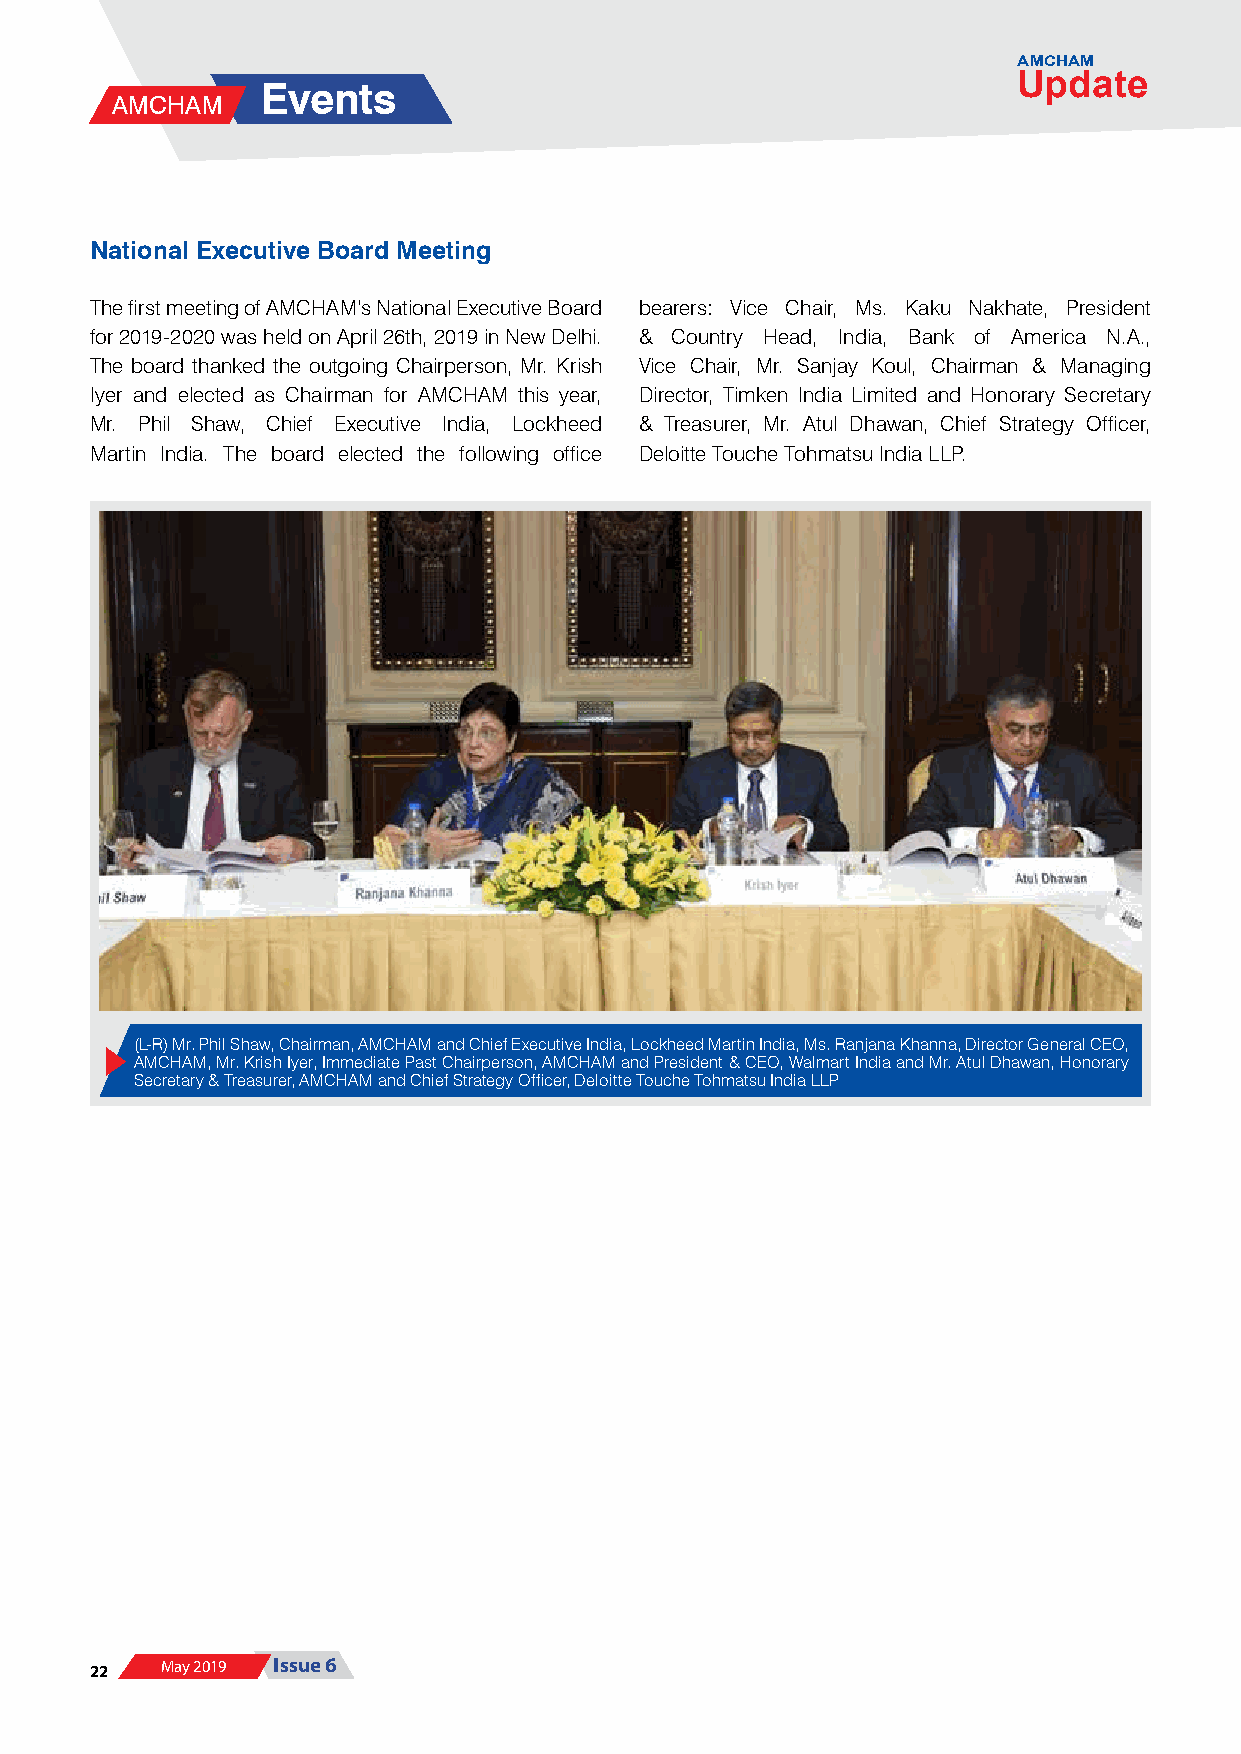
AMCHAM
 Update
 Events
 AMCHAM
 National Executive Board Meeting
 The first meeting of AMCHAM’s National Executive Board bearers: Vice Chair, Ms. Kaku Nakhate, President
 for 2019-2020 was held on April 26th, 2019 in New Delhi. & Country Head, India, Bank of America N.A.,
 The board thanked the outgoing Chairperson, Mr. Krish Vice Chair, Mr. Sanjay Koul, Chairman & Managing
 Iyer and elected as Chairman for AMCHAM this year, Director, Timken India Limited and Honorary Secretary
 Mr. Phil Shaw, Chief Executive India, Lockheed & Treasurer, Mr. Atul Dhawan, Chief Strategy Officer,
 Martin India. The board elected the following office Deloitte Touche Tohmatsu India LLP.
 (L-R) Mr. Phil Shaw, Chairman, AMCHAM and Chief Executive India, Lockheed Martin India, Ms. Ranjana Khanna, Director General CEO,
 AMCHAM, Mr. Krish Iyer, Immediate Past Chairperson, AMCHAM and President & CEO, Walmart India and Mr. Atul Dhawan, Honorary
 Secretary & Treasurer, AMCHAM and Chief Strategy Officer, Deloitte Touche Tohmatsu India LLP
 22   May 2019 Issue 6